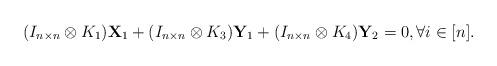
LaTeX: \begin{align*}(I_{n\times n}\otimes K_1)\mathbf{X}_{1}+(I_{n\times n}\otimes K_3)\mathbf{Y}_{1}+(I_{n\times n}\otimes K_4)\mathbf{Y}_{2}=0,\forall i\in[n].\end{align*}